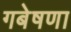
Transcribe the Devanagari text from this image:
गबेषणा